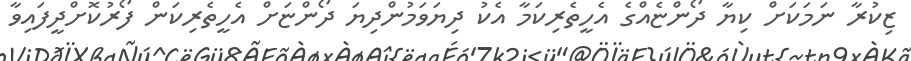
ޒިކުރާ ނަމަކަށް ކިޔާ ދޯންޏެއްގެ އެހީތެރިކަމާ އެކު ދިޔަވަމުންދިޔަ ދޯންޏަށް އެހީތެރިކަން ފޯރުކޮށްދީފައިވާ